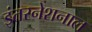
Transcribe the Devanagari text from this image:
इंतरनेशनाल